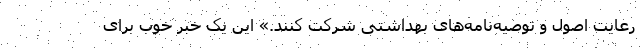
رعایت اصول و توصیه‌نامه‌های بهداشتی شرکت ‌کنند.» این یک خبر خوب برای